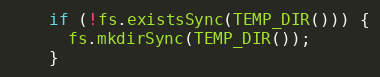
Language: JavaScript
    if (!fs.existsSync(TEMP_DIR())) {
      fs.mkdirSync(TEMP_DIR());
    }